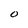
Character: O